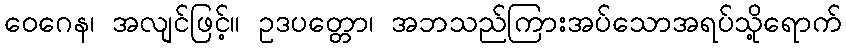
ဝေဂေန၊ အလျင်ဖြင့်။ ဥဒပတ္တော၊ အဘသည်ကြားအပ်သောအရပ်သို့ရောက်